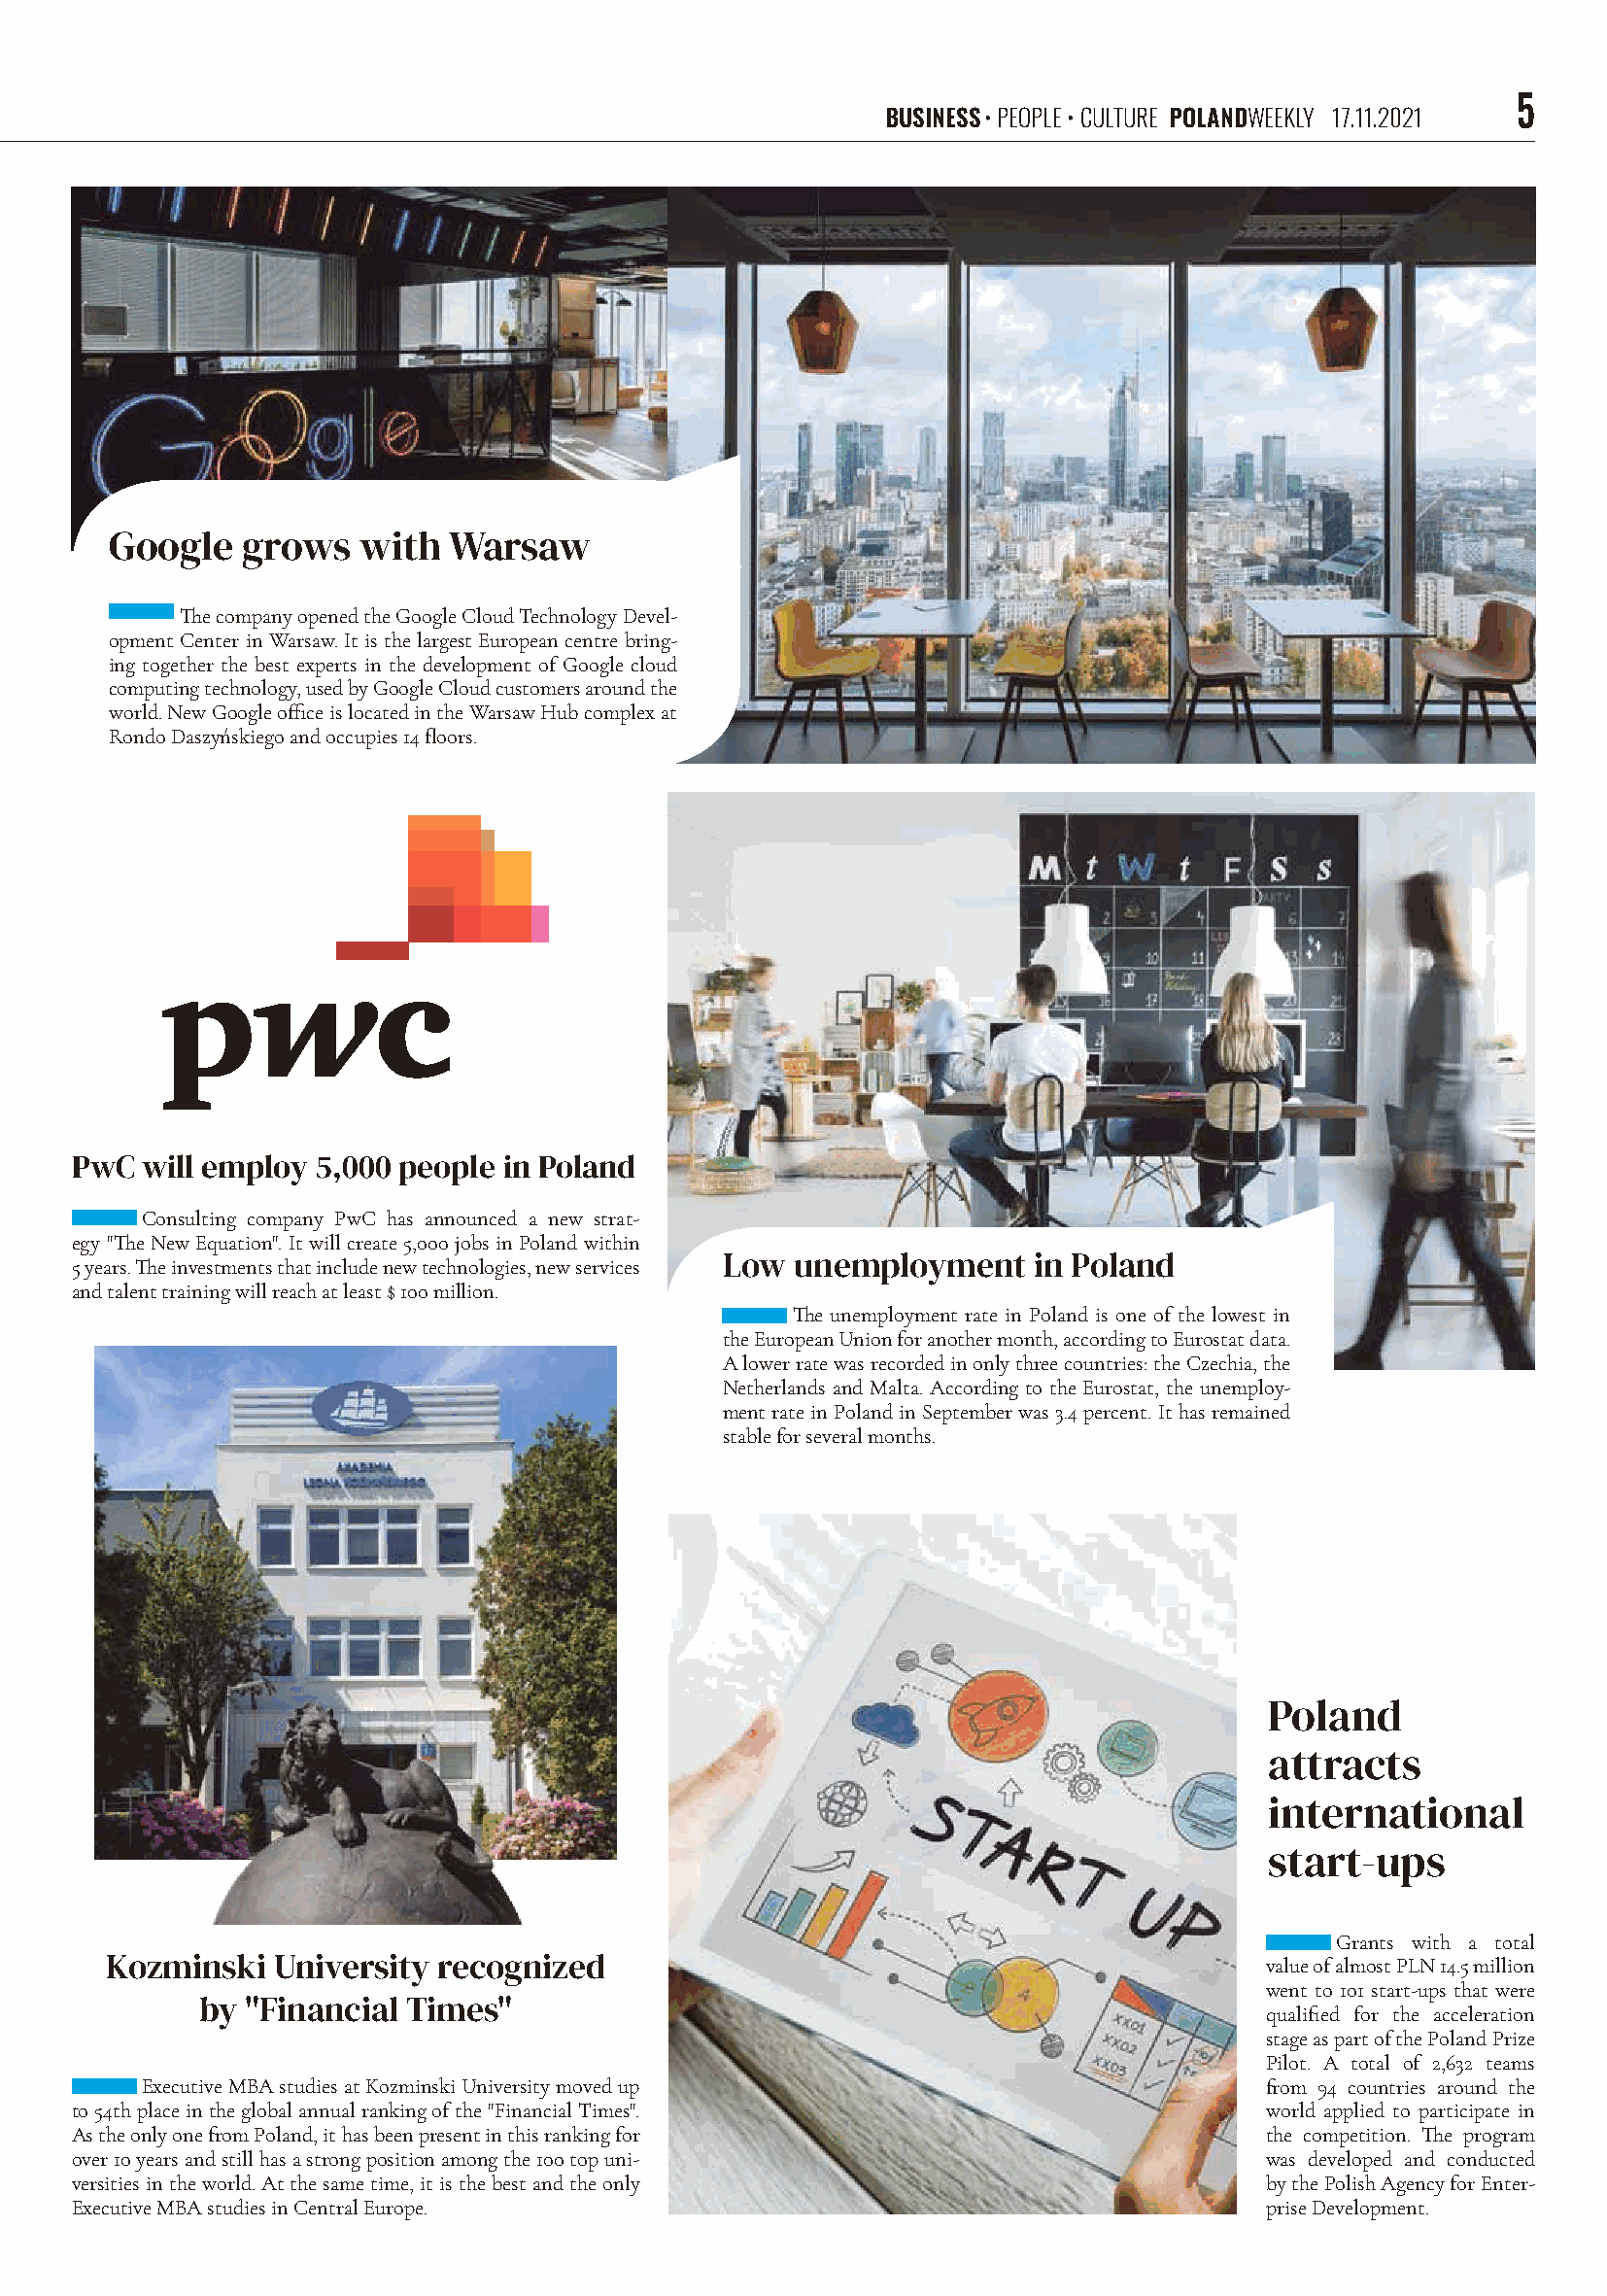
5
 business • people • culture polandweekly 17.11.2021
 google    grows   with  warsaw
 The company opened the Google Cloud Technology Devel-
 opment Center in Warsaw. It is the largest European centre bring-
 ing together the best experts in the development of Google cloud
 computing technology, used by Google Cloud customers around the
 world. New Google office is located in the Warsaw Hub complex at
 Rondo Daszyńskiego and occupies 14 floors.
 Pwc  will employ 5,000 people in Poland
 Consulting company PwC has announced a new strat-
 egy "The New Equation". It will create 5,000 jobs in Poland within
 low  unemployment    in Poland
 5 years. The investments that include new technologies, new services
 and talent training will reach at least $ 100 million.
 The unemployment rate in Poland is one of the lowest in
 the European Union for another month, according to Eurostat data.
 A lower rate was recorded in only three countries: the Czechia, the
 Netherlands and Malta. According to the Eurostat, the unemploy-
 ment rate in Poland in September was 3.4 percent. It has remained
 stable for several months.
 Poland
 attracts
 international
 start-ups
 Grants with a total
 kozminski   university recognized                                              value of almost PLN 14.5 million
 went to 101 start-ups that were
 by "Financial times"
 qualified for the acceleration
 stage as part of the Poland Prize
 Pilot. A total of 2,632 teams
 Executive MBA studies at Kozminski University moved up                      from 94 countries around the
 to 54th place in the global annual ranking of the "Financial Times".             world applied to participate in
 As the only one from Poland, it has been present in this ranking for             the competition. The program
 over 10 years and still has a strong position among the 100 top uni-             was developed and conducted
 versities in the world. At the same time, it is the best and the only            by the Polish Agency for Enter-
 Executive MBA studies in Central Europe.                                         prise Development.